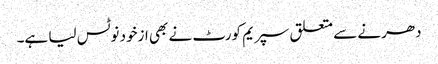
دھرنے سے متعلق سپریم کورٹ نے بھی ازخود نوٹس لیا ہے۔